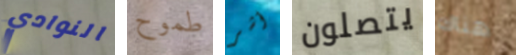
النوادي طموح أشر يتصلون هناك